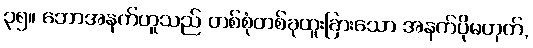
၃၅။ ဘောအနက်ဟူသည် တစ်စုံတစ်ခုထူးခြားသော အနက်ပိုမဟုတ်,